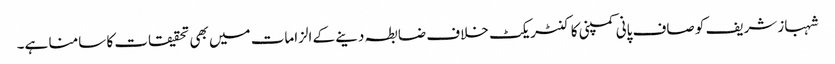
شہباز شریف کو صاف پانی کمپنی کا کنٹریکٹ خلاف ضابطہ دینے کے الزامات میں بھی تحقیقات کا سامنا ہے۔